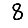
Digit: 8